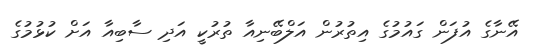
އޭނާގެ އުފަން ގައުމުގެ އިތުރުން އަލްބޭނިއާ ތުރުކީ އަދި ސާބިއާ އަށް ކުޅުމުގެ